Vital statistics of India. Vol. VI, European troops 1870-79
Year: 1870
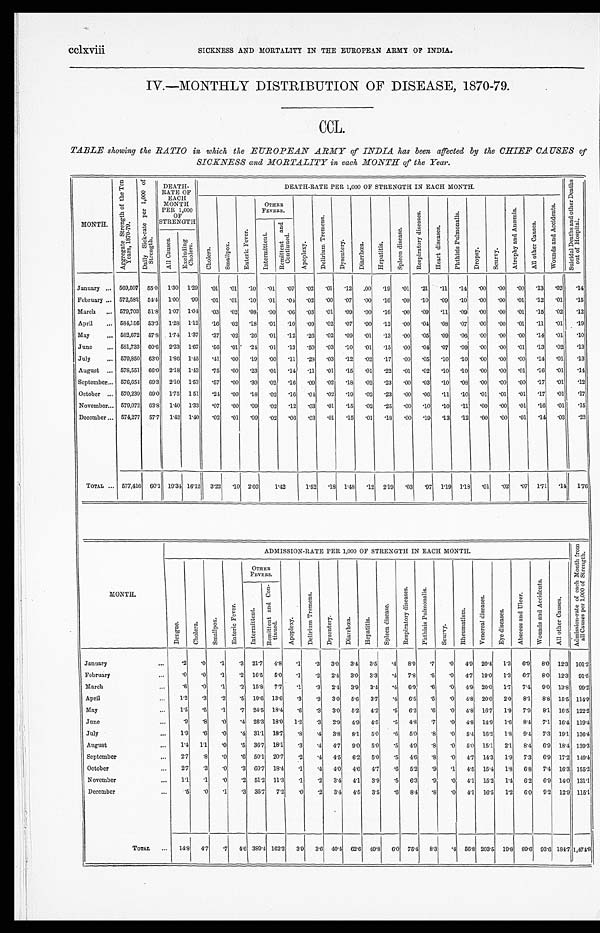
SICKNESS AND MORTALITY IN THE EUROPEAN ARMY OF INDIA.
IV.—MONTHLY DISTRIBUTION OF DISEASE, 1870-79.
CCL.
TABLE showing the RATIO in which the EUROPEAN ARMY of INDIA has been affected by the CHIEF CAUSES of
SICKNESS and MORTALITY in each MONTH of the Year.
MONTH.
A g g r e g a t e S t r e n g t h o f t h e T e n Y e a r s , 1 8 7 0 - 7 9 .
D a i l y S i c k - r a t e p e r 1 , 0 0 0 o f S t r e n g t h .
DEATH - RATE OF EACH MONTH PER 1, 000 OF STRENGTH
DEATH-RATE PER 1,000 OF STRENGTH IN EACH MONTH.
S u i c i d a l D e a t h s a n d o t h e r D e a t h s o u t o f H o s p i t a l .
C h o l e r a .
Smallpox.
E n t e r i c F e v e r .
OTHER FEVERS.
A p o p l e x y .
D e l i r i u m T r e m e n s .
D y s e n t e r y .
D i a r r h œ a .
H e p a t i t i s .
S p l e e n d i s e a s e .
R e s p i r a t o r y d i s e a s e s .
H e a r t d i s e a s e s .
P h t h i s i s P u l m o n a l i s .
D r o p s y .
S c u r v y .
At r o p h y a n d An æmi a .
A l l o t h e r C a u s e s .
W o u n d s a n d A c c i d e n t s .
I n t e r m i t t e n t .
R e m i t t e n t a n d C o n t i n u e d .
A l l C a u s e s .
E x c l u d i n g C h o l e r a .
January ...
569,507
55.0
1.30
1.29
.01
. 0 1
. 1 0
.01
.07
.02
. 0 1 .12
.00
.19
.01
.21
.11
.14
.00
.00
.00
.13
.02
. 1 4
February ...
572,582
54.4
1.00
.99
.01
. 0 1 .10
.01
.01
.02
. 0 0 .07
.00
.16
.00
.10
. 0 9
.10
.00
.00
.01
.12
.01
. 1 5
March
...
579,703
51.8
1.07
1.04
.03
. 0 2
. 0 8
.00
.06
.03
. 0 1 .09
.00
.16
.00
.09
.11
.09
. 0 0
.00
.01
.15
.02
. 1 2
April
...
584,156
53.3
1.28
1.12
.16
. 0 2 .18
.01
.10
.09
. 0 2 .07
.00
.12
.00
.04
. 0 8
.07
. 0 0
.00
.01
.11
.01
. 1 9
May
...
582,672
57.8
1.74
1.37
.37
. 0 2 .26
.01
. 1 2
.26
. 0 2 .09
.01
.13
.00
.05
.09
.06
. 0 0
.00
.00
14
.01
. 1 0
June
...
581,733
60.6
2.23
1.67
.56
. 0 1
.24
.01
.13
. 5 0
. 0 3 .10
.01
.15
.00
.04
.07
.09
.00
.00
. 0 0
.13
.02
. 1 3
July
...
579,850
63.0
1.86
1.45
.41
. 0 0 .19
.00
.11
. 2 8
. 0 3 .12
.02
.17
.00
.05
.10
.10
. 0 0
. 0 0
.00
.14
.01
. 1 3
August
...
578,551
66.0
2.18
1.43
.75
. 0 0 .23
.01
.14
. 1 1
. 0 1 .15
.01
.22
.01
. 0 2
. 1 0
.10
.00
.00
. 0 1
.16
.01
. 1 4
September...
576,654
69.3
2.10
1.53
.57
. 0 0 .30
.02
. 1 6
.09
. 0 2 .18
.02
.23
.00
.03
.10
.08
.00
.00
.00
.17
.01
. 1 2
October
... 570,239
69.0
1.75
1.51
.24
. 0 0 .18
.02
.16
.01
. 0 2 .19
.02
.23
.00
.06
. 1 1
. 1 0
.01
.01
.01
.17
. 0 1
. 1 7
November...
579,072
63.8
1.40
1.33
.07
. 0 0 .09
.02
.12
.03
. 0 1 .15
.02
.25
.00
.10
.10
. 1 1
.00
.00
.01
. 1 5
. 0 1
. 1 5
D e c e m b e r . . . 574,277
57.7
1.42
1.40
.02
. 0 1
.09
.02
. 0 6
.03
. 0 1 .15
.01
.18
.00
.19
.13
.12
.00
.00
.01
.14
.03
. 2 2
TOTAL ...
577,416
60.1
19.31 16.12
3.22
. 1 0 2.03
1.42
1.52
. 1 8 1.48
.12
2.19
.03
. 9 7
1.19
1.18
.01
.02
.07
1.71
.14
1.76
MONTH.
ADMISSION-RATE PER 1,000 OF STRENGTH IN EACH MONTH.
A d m i s s i o n - r a t e o f e a c h M o n t h f r o m a l l C a u s e s p e r 1 , 0 0 0 o f S t r e n g t h .
D e n g u e .
C h o l e r a .
S m a l l p o x .
E n t e r i c F e v e r .
OTHER FEVERS.
A p o p l e x y .
D e l i r i u m T r e m e n s .
D y s e n t e r y .
D i a r r h œ a .
H e p a t i t i s .
S p l e e n d i s e a s e .
R e s p i r a t o r y d i s e a s e s .
P h t h i s i s P u l m o n a l i s .
S c u r v y .
R h e u m a t i s m .
V e n e r e a l d i s e a s e s .
E y e d i s e a s e s .
A b s c e s s a n d U l c e r .
W o u n d s a n d A c c i d e n t s .
A l l o t h e r C a u s e s .
I n t e r m i t t e n t .
R e mi t t e n t a n d Co n -
tinued.
January
...
. 2
.0
.1
. 3 21.7
4.8
.1
.3
3.0
3.4
3.5
.4
8.9
.7
.0
4.9 20.4
1.3
6.9
8.0
12.3
101.2
February
...
.0
.0
.1
.2
16.5
5.0
.1
.2
2.4
3.0
3.3
.4
7.8
.5
.0
4.7 19.0
1.3
6.7
8.0
12.3
91.5
March
...
. 6
.0
.1
.2
15.8
7.7
.1
.3
2.4
3.9
3.4
.4
6.9
.6
.0
4.9
20.0
1.7
7.4
9.0
13.8
99.2
April
...
1.2
. 3
.2
.5
19.6
13.6
.3
.3
3.0
5.6
3 . 7
.4
6.5
.5
.0
4.8 20.0
2.0
8.1
8.8
15.5
114.9
May
...
1 . 5
.5
.1
.7
24.5
18.4
.6
.3
3.0
5.2
4 . 2
. 5
6.2
.6
.0
4.8
16.7
1.9
7.9
8.1
16.5
122.2
June
...
.9
.8
.0
.4
26.3
18.0
1.2
.3
2.9
4.9
4.5
.5
4.8
.7
.0
4.8 14.9
1.6
8.4
7.1
16.4
119.4
July
...
1.9
.6
.0
.4
31.1
18.7
.8
.4
3.8
8.1
5.0
.6
5.0
.8
.0
5.4
16.2
1.8
9.4
7.3
19.1
136.4
August
...
1.4
1.l
. 0
.5
36.7
18.1
.3
.4
4.7
9.0
5.0
.5
4.9
.8
.0
50.
15.1
2.1
8.4
6.9
18.4
139.3
September
...
2.7
.8
.0
.6
50.1
20.7
.2
.4
4.5
6.2
5.0
.5
4.6
.8
.0
4.7
14.3
1.9
7.3
6.9
17.2
149.4
October
...
2.7
. 3
.0
.3
60.7
18.4
. 1
. 4
4.0
4.6
4.7
.6
5.2
.9
. 1
4.5
15.4
1.8
6.8
7.4
16.3
155.2
November
...
1.1
.1
.0
.2
51.2
11.3
.1
.2
3.4
4.1
3.9
.5
6.3
.9
.0
4.1
15.2
1.4
6.2
6.9
14.0
131.1
December
...
.5
.0
.1
.3
35.7
7.2
.0
.2
3.4
4.5
3.5
.6
8.4
.8
.0
4.1
16.5
1.2
6.0
9.2
12.9
115.1
TOTAL
...
14.8
4.7
.7
4.6
389.4
162.2
3.9
3.6
40.4
62.6
49.8
6.0
75.4
8.3
.4
56.8 203.5
19.8
89.6
93.6 184.7 1,474.8